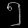
Digit: ၅